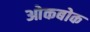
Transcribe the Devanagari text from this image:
ओकबोक